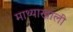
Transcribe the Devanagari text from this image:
माथ्याखाली